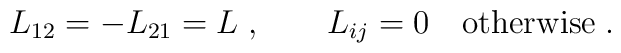
L_{12} = -L_{21} = L\;,\qquad L_{ij} = 0\quad\mbox{otherwise}\;.